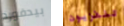
بيدفورد تلفزيون